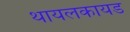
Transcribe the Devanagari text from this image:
थायलकायड